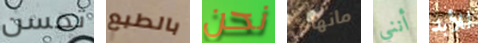
تحسن بالطبع نحن مانهاتن أنني للأبد